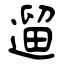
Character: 遛